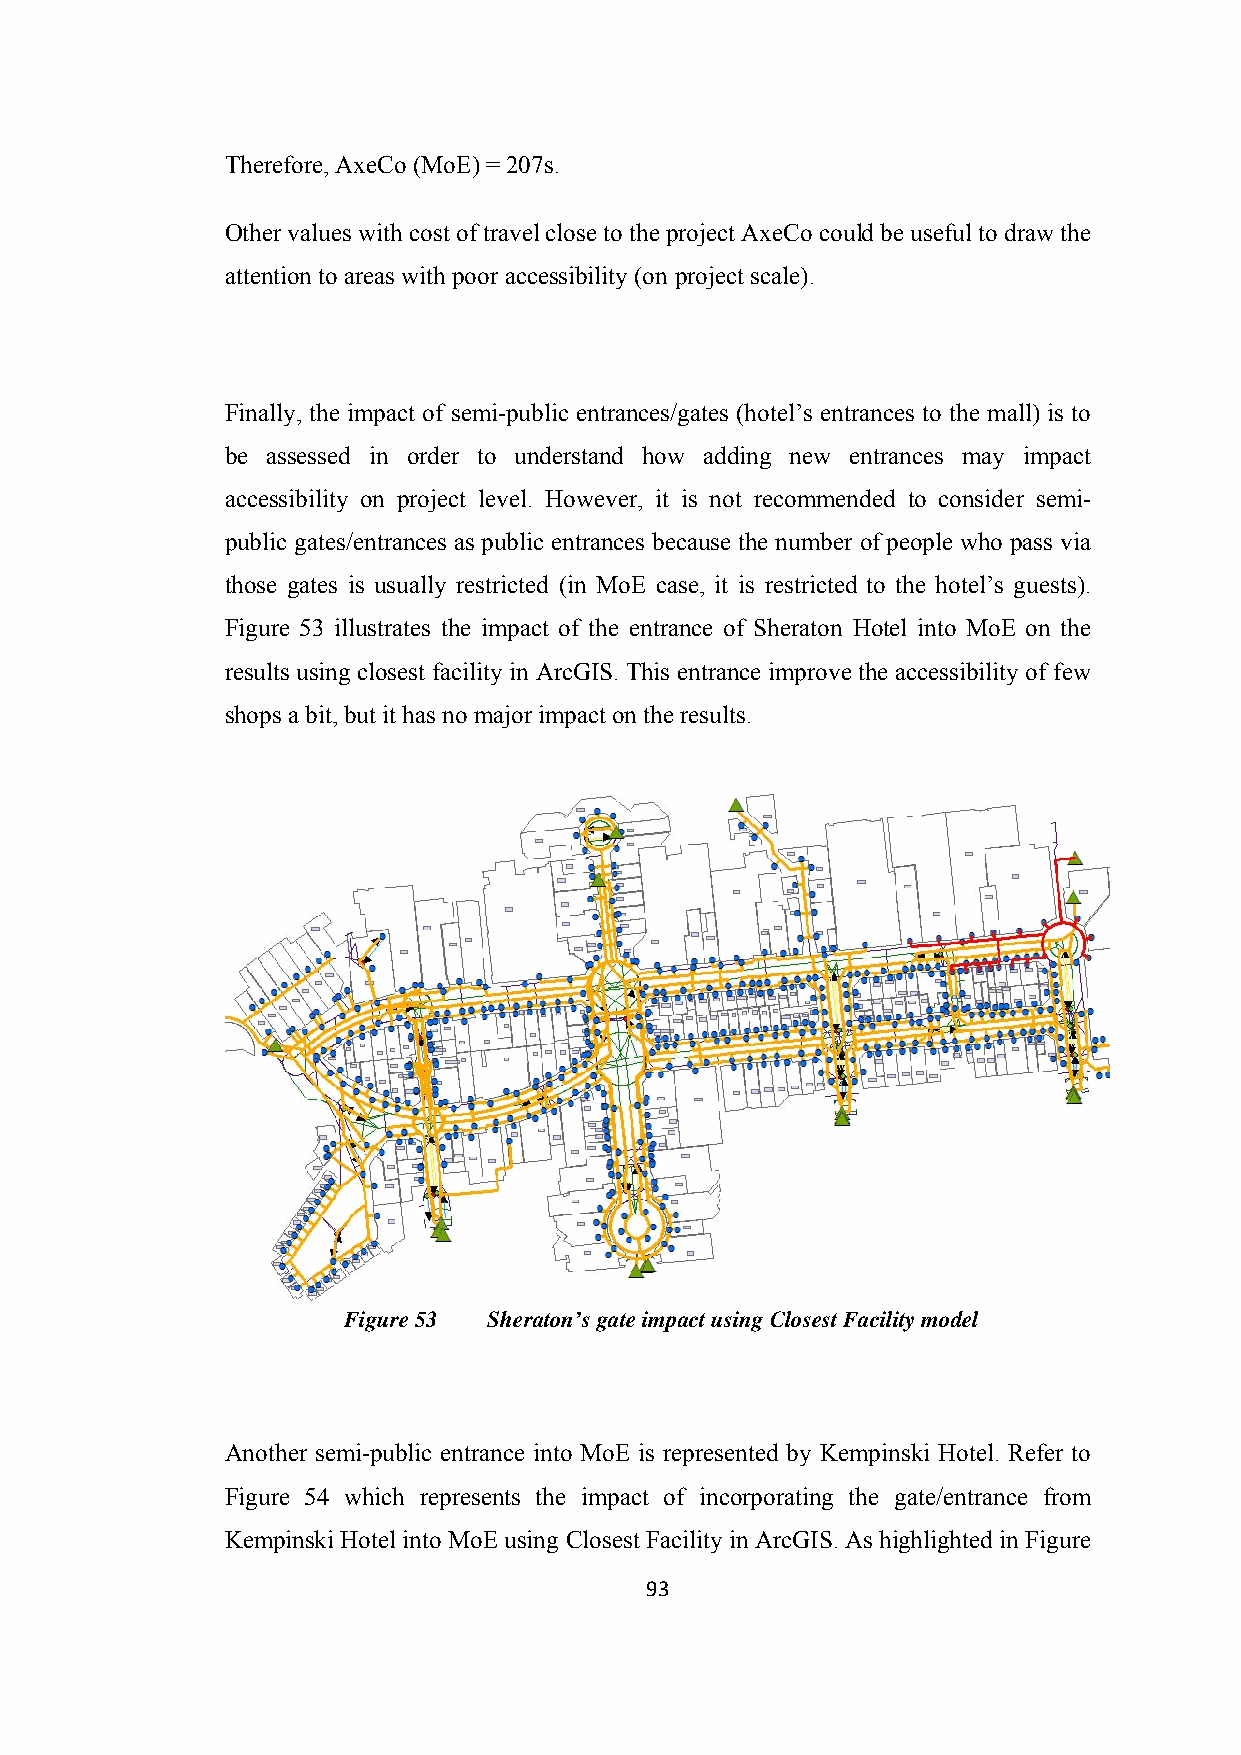
Therefore, AxeCo (MoE) = 207s.
 Other values with cost of travel close to the project AxeCo could be useful to draw the
 attention to areas with poor accessibility (on project scale).
 Finally, the impact of semi-public entrances/gates (hotel’s entrances to the mall) is to
 be assessed in order to understand how adding new entrances may impact
 accessibility on project level. However, it is not recommended to consider semi-
 public gates/entrances as public entrances because the number of people who pass via
 those gates is usually restricted (in MoE case, it is restricted to the hotel’s guests).
 Figure 53 illustrates the impact of the entrance of Sheraton Hotel into MoE on the
 results using closest facility in ArcGIS. This entrance improve the accessibility of few
 shops a bit, but it has no major impact on the results.
 Figure 53 Sheraton’s gate impact using Closest Facility model
 Another semi-public entrance into MoE is represented by Kempinski Hotel. Refer to
 Figure 54 which represents the impact of incorporating the gate/entrance from
 Kempinski Hotel into MoE using Closest Facility in ArcGIS. As highlighted in Figure
 93